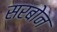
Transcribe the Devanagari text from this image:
सरबोन